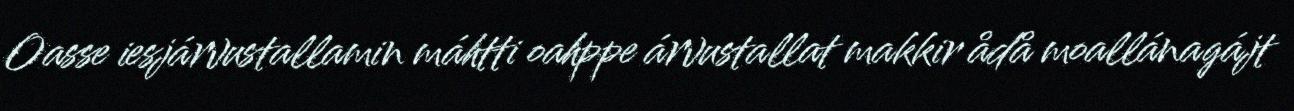
Oasse iesjárvustallamin máhtti oahppe árvustallat makkir ådå moallánagájt